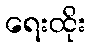
ရေးထိုး